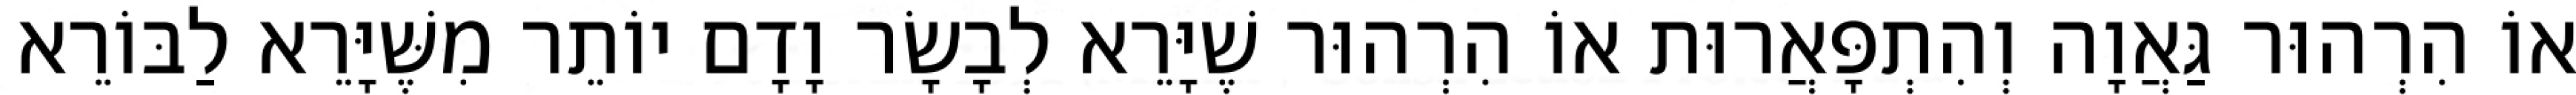
אוֹ הִרְהוּר גַּאֲוָה וְהִתְפָּאֲרוּת אוֹ הִרְהוּר שֶׁיָּרֵא לְבָשָׂר וָדָם יוֹתֵר מִשֶּׁיָּרֵא לַבּוֹרֵא